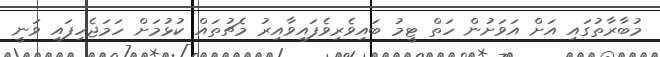
މުބާރާތުގައި އަށް އަވަށުން ހަތް ޓީމު ބައިވެރިވެފައިވާއިރު މެޗުތައް ކުޅުމަށް ހަމަޖެހިފައި ވަނީ